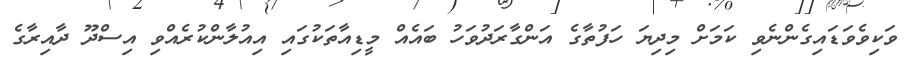
ވަކިވެވަޑައިގެންނެވި ކަމަށް މިދިޔަ ހަފުތާގެ އަންގާރަދުވަހު ބައެއް މީޑިއާތަކުގައި އިއުލާންކުރެއްވި އިސްދޫ ދާއިރާގެ